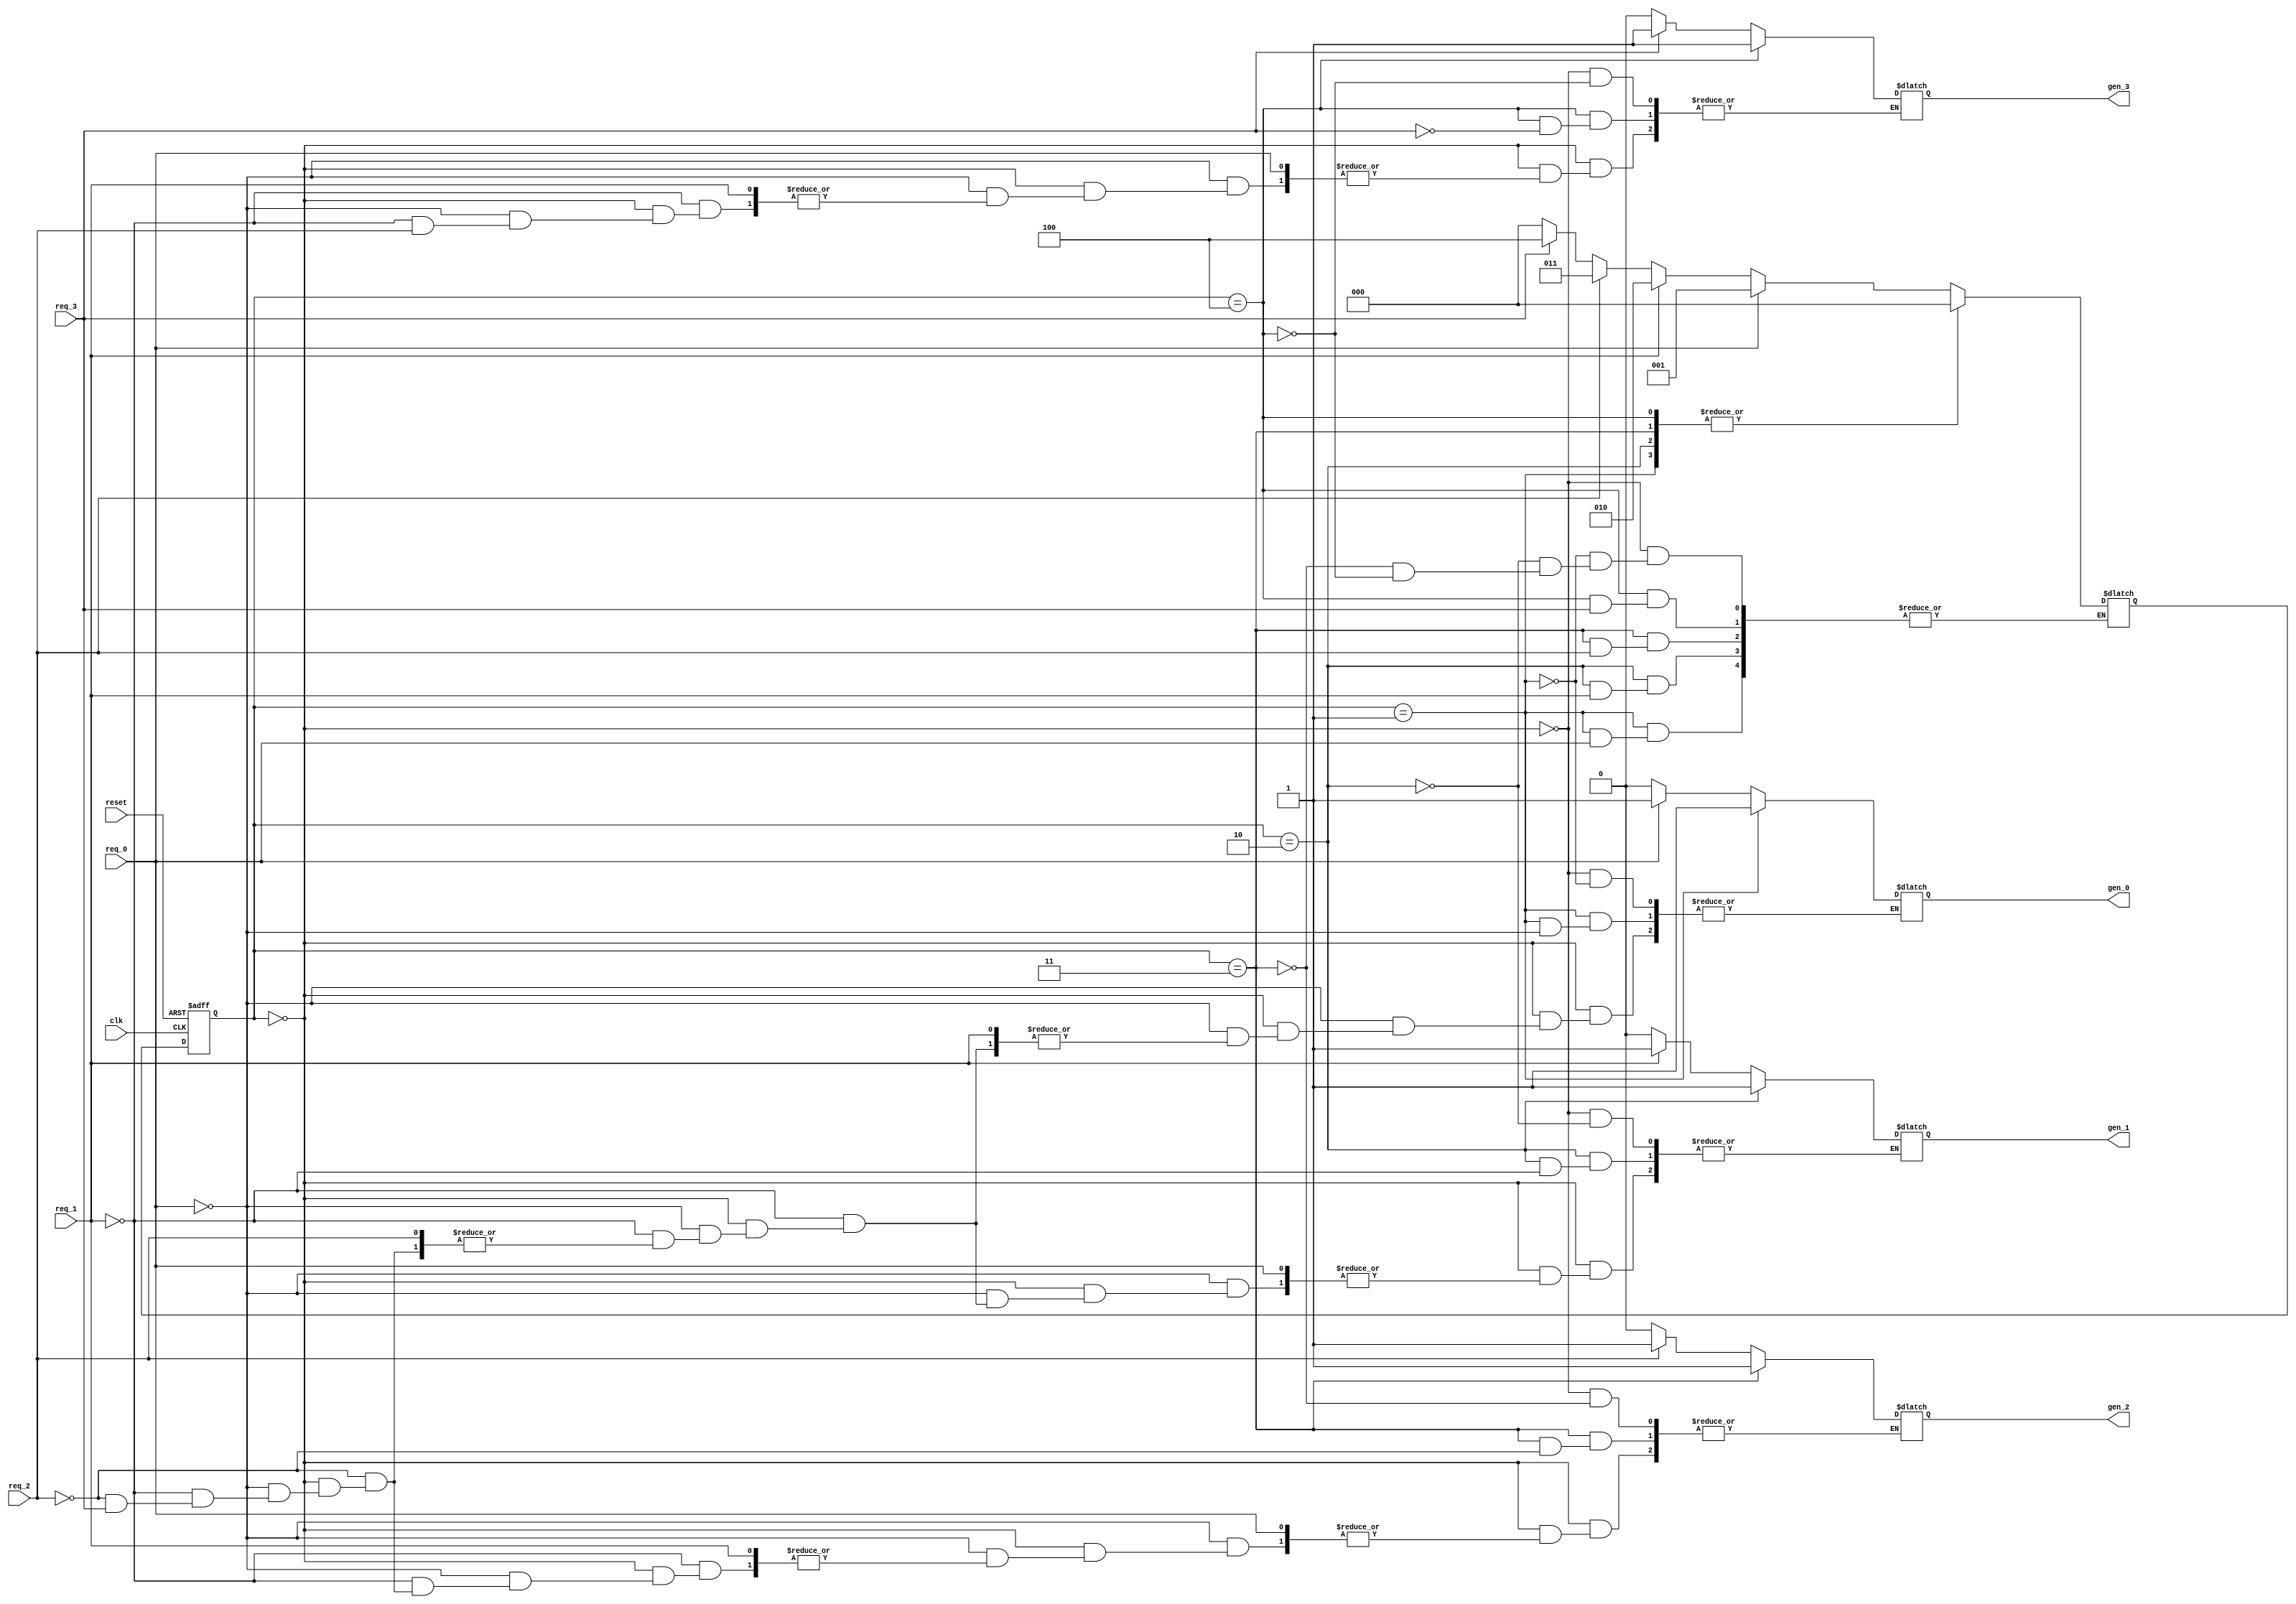
module FSM(clk, reset, req_0, req_1, req_2, req_3, gen_0, gen_1, gen_2, gen_3);

input clk, reset, req_0, req_1, req_2, req_3;
output reg gen_0, gen_1, gen_2, gen_3;

parameter IDLE = 3'b000, GEN0 = 3'b001, GEN1 = 3'b010, GEN2 = 3'b011, GEN3 = 3'b100;
reg [2:0] state, next_state;

// State Logic
always @ (posedge clk or posedge reset)
begin
  if(reset) begin
    state <= IDLE;
  end
  else begin
    state <= next_state;
  end
end
// Next State and Output
always @ (state or req_0 or req_1 or req_2 or req_3)
begin
  case (state)
  IDLE : if(req_0) begin
    gen_0 = 1;
    next_state = GEN0;
  end else if(req_1) begin
    gen_1 = 1;
    next_state = GEN1;
  end else if(req_2) begin
    gen_2 = 1;
    next_state = GEN2;
  end else if(req_3) begin
    gen_3 = 1;
    next_state = GEN3;
  end else begin
    gen_0 = 0;
    gen_1 = 0;
    gen_2 = 0;
    gen_3 = 0;
    next_state = IDLE;
  end
  GEN0 : if(req_0) begin
    gen_0 = 1;
  end else begin
    next_state = IDLE;
  end
  GEN1 : if(req_1) begin
    gen_1 = 1;
  end else begin
    next_state = IDLE;
  end
  GEN2 : if(req_2) begin
    gen_2 = 1;
  end else begin
    next_state = IDLE;
  end
  GEN3 : if(req_3) begin
    gen_3 = 1;
  end else begin
    next_state = IDLE;
  end
  endcase
end


endmodule